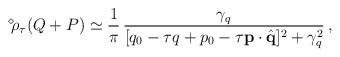
LaTeX: \begin{align*}\displaystyle{ \raisebox{0.9ex}{\scriptsize{$\diamond$}}} \mbox{\hspace{-0.33ex}} \rho_\tau (Q + P) \simeq \frac{1}{\pi} \, \frac{\gamma_q}{[q_0 - \tau q + p_0 - \tau {\bf p} \cdot \hat{{\bf q}}]^2 + \gamma_q^2} \, ,\end{align*}